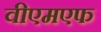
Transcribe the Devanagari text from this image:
वीएमएफ